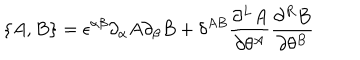
LaTeX: \{ A , B \} = \epsilon ^ { \alpha \beta } \partial _ { \alpha } A \partial _ { \beta } B + \delta ^ { A B } \frac { \partial ^ { L } A } { \partial \theta ^ { A } } \frac { \partial ^ { R } B } { \partial \theta ^ { B } }